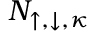
N _ { \mathord { \uparrow } , \mathord { \downarrow } , \kappa }